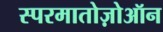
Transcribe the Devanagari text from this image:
स्परमातोज़ोऑन